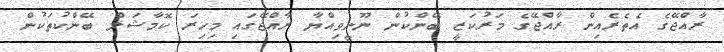
ރާއްޖޭގެ އެތެރެއިން ރާއްޖޭގެ މަރުކަޒީ ބޭންކުން ނޫނީވިއްޔާ ރާއްޖޭގައި މިހިރަ ކޮމާޝަލް ބޭންކުތަކުން